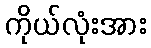
ကိုယ်လုံးအား